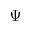
\Psi